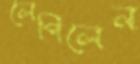
লেপিলেন